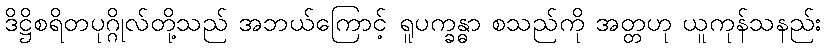
ဒိဋ္ဌိစရိတပုဂ္ဂိုလ်တို့သည် အဘယ်ကြောင့် ရူပက္ခန္ဓာ စသည်ကို အတ္တဟု ယူကုန်သနည်း